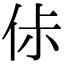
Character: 㑐